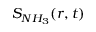
S _ { N H _ { 3 } } ( r , t )